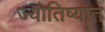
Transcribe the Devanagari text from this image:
ज्योतिष्यात